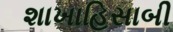
શાખાહિસાબી